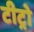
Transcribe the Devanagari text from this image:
टीट्रो